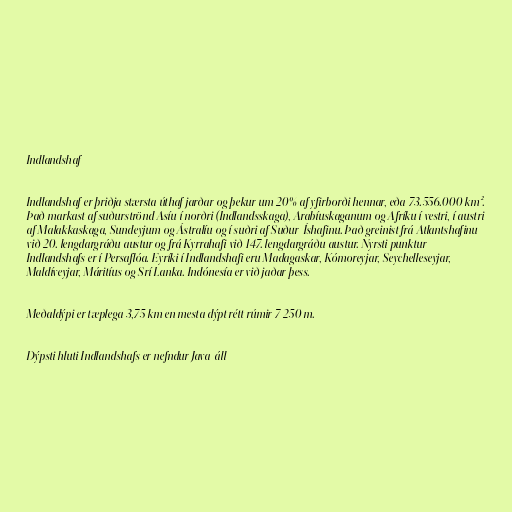
Indlandshaf

Indlandshaf er þriðja stærsta úthaf jarðar og þekur um 20% af yfirborði hennar, eða 73.556.000 km².
Það markast af suðurströnd Asíu í norðri (Indlandsskaga), Arabíuskaganum og Afríku í vestri, í austri
af Malakkaskaga, Sundeyjum og Ástralíu og í suðri af Suður-Íshafinu. Það greinist frá Atlantshafinu
við 20. lengdargráðu austur og frá Kyrrahafi við 147. lengdargráðu austur. Nyrsti punktur
Indlandshafs er í Persaflóa. Eyríki í Indlandshafi eru Madagaskar, Kómoreyjar, Seychelleseyjar,
Maldíveyjar, Máritíus og Srí Lanka. Indónesía er við jaðar þess.

Meðaldýpi er tæplega 3,75 km en mesta dýpt rétt rúmir 7 250 m.

Dýpsti hluti Indlandshafs er nefndur Java-áll